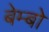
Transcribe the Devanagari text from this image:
बेम्बो